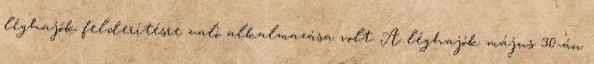
léghajók felderítésre való alkalmazása volt. A léghajók május 30-án